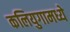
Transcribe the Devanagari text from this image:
कलियुगामध्ये